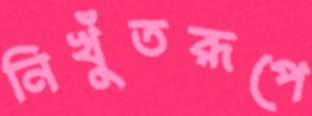
নিখুঁতরূপে